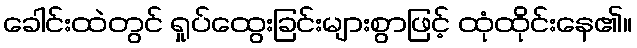
ခေါင်းထဲတွင် ရှုပ်ထွေးခြင်းများစွာဖြင့် ထုံထိုင်းနေ၏။